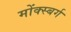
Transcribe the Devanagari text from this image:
मोंक्स्बर्ग